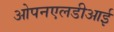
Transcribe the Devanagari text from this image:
ओपनएलडीआई